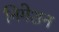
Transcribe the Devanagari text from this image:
निगेशन